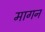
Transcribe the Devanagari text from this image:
मागन